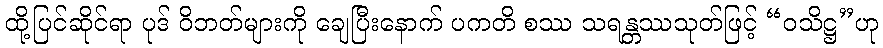
ထို့ပြင်ဆိုင်ရာ ပုဒ် ဝိဘတ်များကို ချေပြီးနောက် ပကတိ စဿ သရန္တဿသုတ်ဖြင့် “ဝသိဋ္ဌ”ဟု